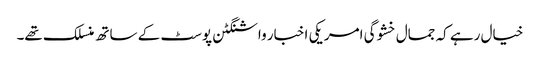
خیال رہے کہ جمال خشوگی امریکی اخبار واشنگٹن پوسٹ کے ساتھ منسلک تھے۔